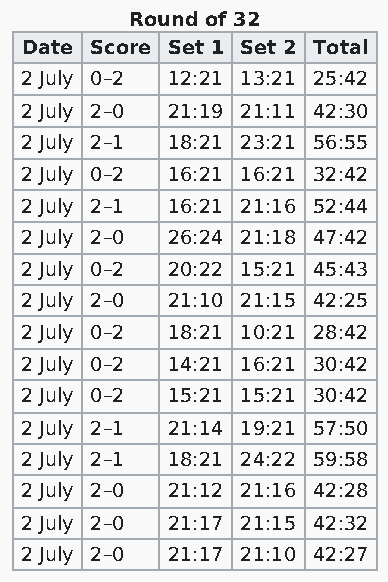
Round of 32
 Date Score Set 1 Set 2 Total
 2 July 0–2 12:21 13:21 25:42
 2 July 2–0 21:19 21:11 42:30
 2 July 2–1 18:21 23:21 56:55
 2 July 0–2 16:21 16:21 32:42
 2 July 2–1 16:21 21:16 52:44
 2 July 2–0 26:24 21:18 47:42
 2 July 0–2 20:22 15:21 45:43
 2 July 2–0 21:10 21:15 42:25
 2 July 0–2 18:21 10:21 28:42
 2 July 0–2 14:21 16:21 30:42
 2 July 0–2 15:21 15:21 30:42
 2 July 2–1 21:14 19:21 57:50
 2 July 2–1 18:21 24:22 59:58
 2 July 2–0 21:12 21:16 42:28
 2 July 2–0 21:17 21:15 42:32
 2 July 2–0 21:17 21:10 42:27